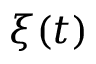
\xi ( t )